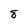
Character: 8